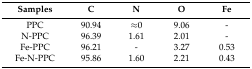
<table><thead><tr><td><b>Samples</b></td><td><b>C</b></td><td><b>N</b></td><td><b>O</b></td><td><b>Fe</b></td></tr></thead><tbody><tr><td>PPC</td><td>90.94</td><td>≈0</td><td>9.06</td><td>-</td></tr><tr><td>N-PPC</td><td>96.39</td><td>1.61</td><td>2.01</td><td>-</td></tr><tr><td>Fe-PPC</td><td>96.21</td><td>-</td><td>3.27</td><td>0.53</td></tr><tr><td>Fe-N-PPC</td><td>95.86</td><td>1.60</td><td>2.21</td><td>0.43</td></tr></tbody></table>